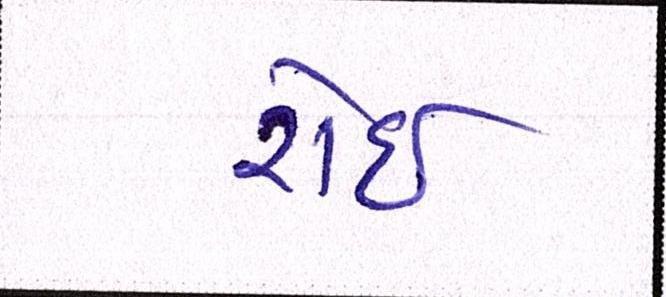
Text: રોઇ